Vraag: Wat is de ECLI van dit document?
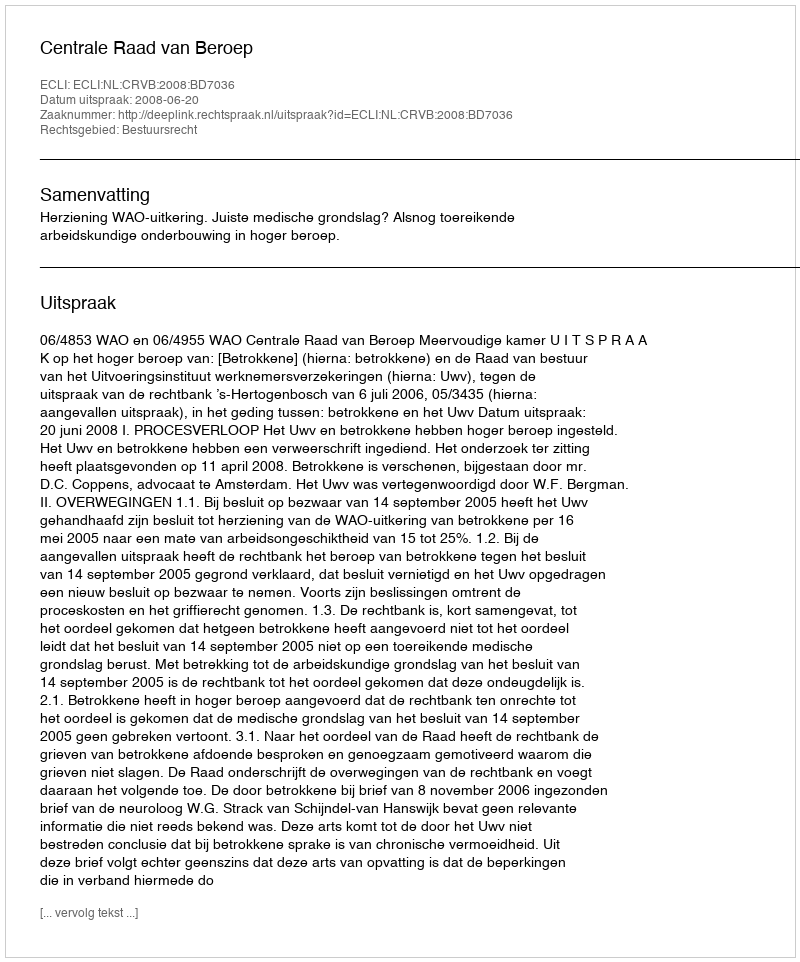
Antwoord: ECLI:NL:CRVB:2008:BD7036